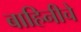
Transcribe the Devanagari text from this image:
बाहिनीचे